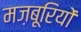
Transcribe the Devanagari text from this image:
मज़बूरियों